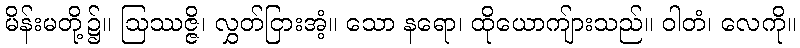
မိန်းမတို့၌။ ဩဿဇ္ဇိ၊ လွှတ်ငြားအံ့။ သော နရော၊ ထိုယောကျ်ားသည်။ ဝါတံ၊ လေကို။